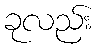
ခုလည်း